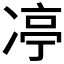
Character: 𪞨